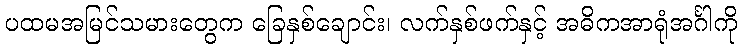
ပထမအမြင်သမားတွေက ခြေနှစ်ချောင်း၊ လက်နှစ်ဖက်နှင့် အဓိကအာရုံအင်္ဂါကို